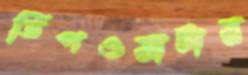
ডিপওয়াটার